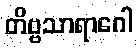
တိဗ္ဗသာရာဂေါ